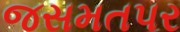
જસમતપર